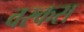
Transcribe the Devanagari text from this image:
वरकस